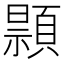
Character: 𫖢